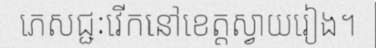
ភេសជ្ជៈវើកនៅខេត្តស្វាយរៀង។